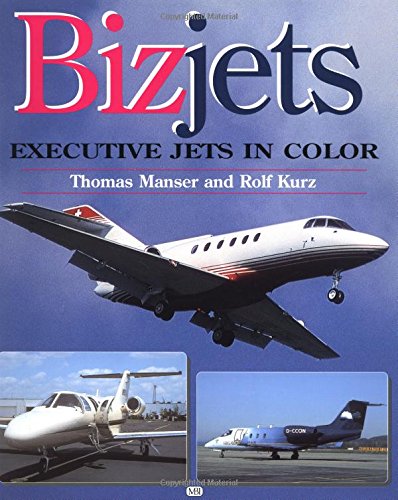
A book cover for Bizjets: Executive Jets in Color; Thomas Manser; Arts & Photography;